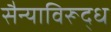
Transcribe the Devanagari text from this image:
सैन्याविरूद्ध